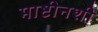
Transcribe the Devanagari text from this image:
माष्टीनशी